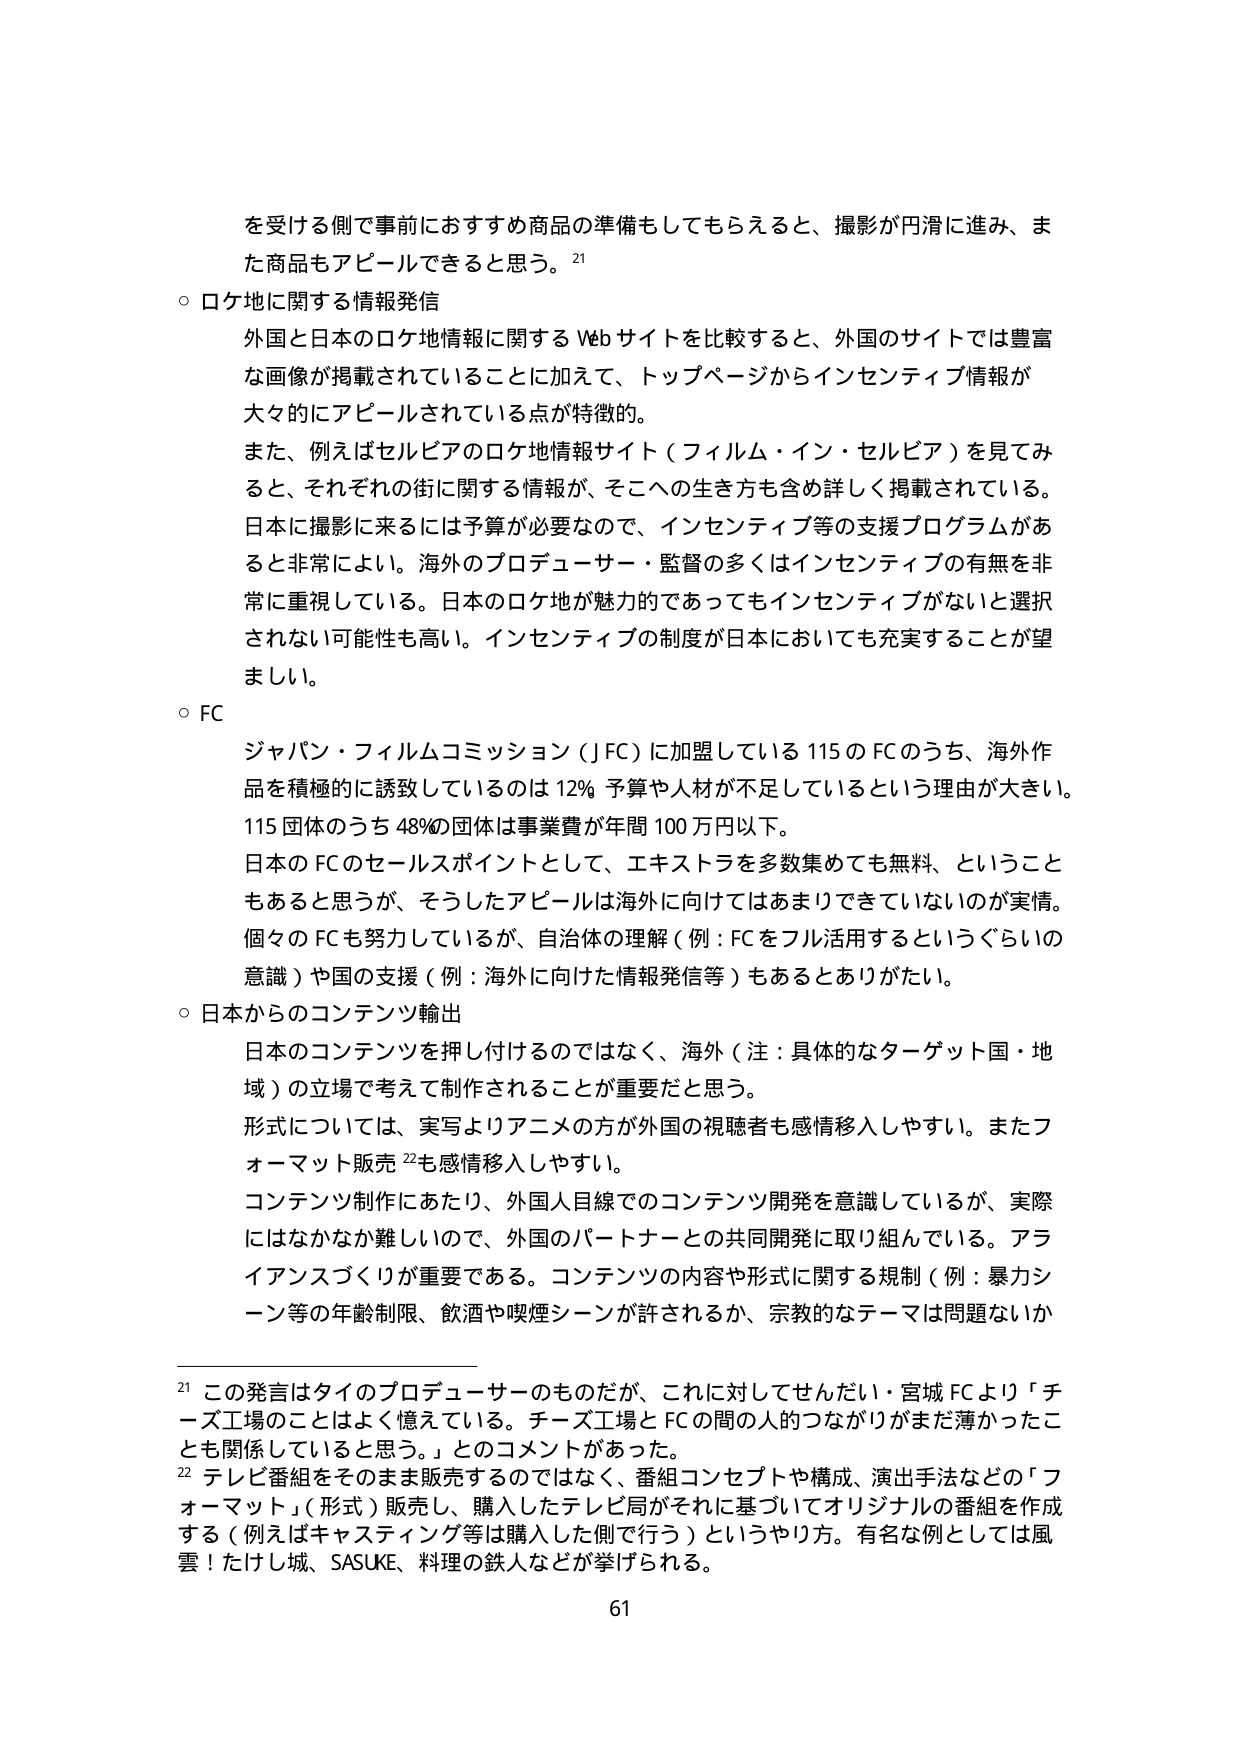
を受ける側で事前におすすめ商品の準備もしてもらえると、撮影が円滑に進み、また商品もアピールできると思う。21

○ ロケ地に関する情報発信
外国と日本のロケ地情報に関する Web サイトを比較すると、外国のサイトでは豊富な画像が掲載されていることに加えて、トップページからインセンティブ情報が大々的にアピールされている点が特徴的。
また、例えばセルビアのロケ地情報サイト（フィルム・イン・セルビア）を見てみると、それぞれの街に関する情報が、そこへの生き方も含め詳しく掲載されている。日本に撮影に来るには予算が必要なので、インセンティブ等の支援プログラムがあると非常によい。海外のプロデューサー・監督の多くはインセンティブの有無を非常に重視している。日本のロケ地が魅力的であってもインセンティブがないと選択されない可能性も高い。インセンティブの制度が日本においても充実することが望ましい。

○ FC
ジャパン・フィルムコミッション（JFC）に加盟している 115 の FC のうち、海外作品を積極的に誘致しているのは 12% 予算や人材が不足しているという理由が大きい。115 団体のうち 48% の団体は事業費が年間 100 万円以下。
日本の FC のセールスポイントとして、エキストラを多数集めても無料、ということもあると思うが、そうしたアピールは海外に向けてはあまりできていないのが実情。個々の FC も努力しているが、自治体の理解（例：FC をフル活用するというぐらいの意識）や国の支援（例：海外に向けた情報発信等）もあるとありがたい。

○ 日本からのコンテンツ輸出
日本のコンテンツを押し付けるのではなく、海外（注：具体的なターゲット国・地域）の立場で考えて制作されることが重要だと思う。
形式については、実写よりアニメの方が外国の視聴者も感情移入しやすい。またフォーマット販売22も感情移入しやすい。
コンテンツ制作にあたり、外国人目線でのコンテンツ開発を意識しているが、実際にはなかなか難しいので、外国のパートナーとの共同開発に取り組んでいる。アライアンスづくりが重要である。コンテンツの内容や形式に関する規制（例：暴力シーン等の年齢制限、飲酒や喫煙シーンが許されるか、宗教的なテーマは問題ないか

21 この発言はタイのプロデューサーのものだが、これに対してせんだい・宮城 FC より「チーズ工場のことはよく憶えている。チーズ工場と FC の間の人的つながりがまだ薄かったことも関係していると思う。」とのコメントがあった。
22 テレビ番組をそのまま販売するのではなく、番組コンセプトや構成、演出手法などの「フォーマット」（形式）販売し、購入したテレビ局がそれに基づいてオリジナルの番組を作成する（例えばキャスティング等は購入した側で行う）というやり方。有名な例としては風雲！たけし城、SASUKE、料理の鉄人などが挙げられる。

61